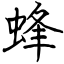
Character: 蜂